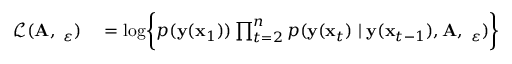
\begin{array} { r l } { \mathcal L ( \mathbf A , \mathbf \Sigma _ { \varepsilon } ) } & { { } = \log \biggl \{ p ( \mathbf y ( \mathbf x _ { 1 } ) ) \prod _ { t = 2 } ^ { n } p ( \mathbf y ( \mathbf x _ { t } ) \mid \mathbf y ( \mathbf x _ { t - 1 } ) , \mathbf A , \mathbf \Sigma _ { \varepsilon } ) \biggl \} } \end{array}